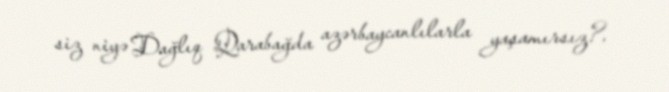
siz niyə Dağlıq Qarabağda azərbaycanlılarla yaşamırsız?.